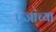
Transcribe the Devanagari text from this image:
प्रजांच्या